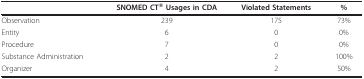
<table><thead><tr><td></td><td><b>SNOMED CT<sup>® </sup>Usages in CDA</b></td><td><b>Violated Statements</b></td><td><b>%</b></td></tr></thead><tbody><tr><td>Observation</td><td>239</td><td>175</td><td>73%</td></tr><tr><td>Entity</td><td>6</td><td>0</td><td>0%</td></tr><tr><td>Procedure</td><td>7</td><td>0</td><td>0%</td></tr><tr><td>Substance Administration</td><td>2</td><td>2</td><td>100%</td></tr><tr><td>Organizer</td><td>4</td><td>2</td><td>50%</td></tr></tbody></table>